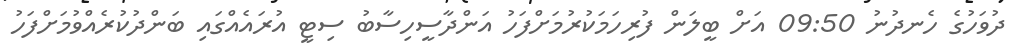
ދުވަހުގެ ހެނދުނު 09:50 އަށް ބީލަން ފުރިހަމަކުރުމަށްފަހު އަންދާސީހިސާބު ސިޓީ އުރައެއްގައި ބަންދުކުރެއްވުމަށްފަހު